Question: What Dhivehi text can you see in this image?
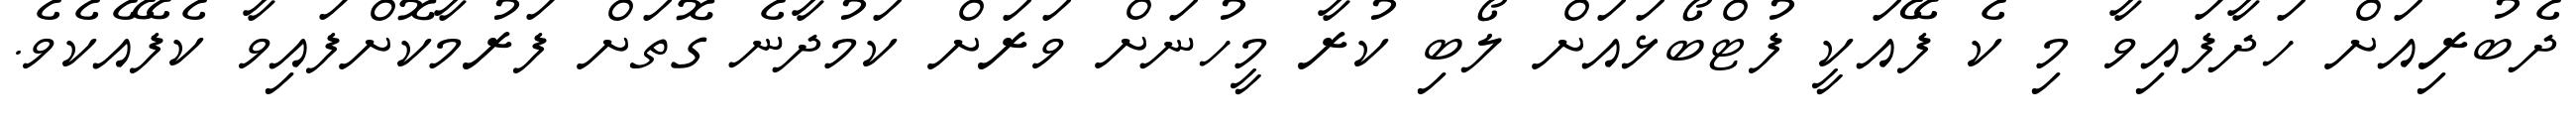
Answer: ދެބުރިއަށް ހަދާފައިވާ މި ކެ ފޭއަކީ ފުޓްބޯޅައަށް ލޯބި ކުރާ މީހުނަށް ވަރަށް ކަމުދާނެ ގޮތަށް ފަރުމާކޮށްފައިވާ ކެފޭއެކެވެ.